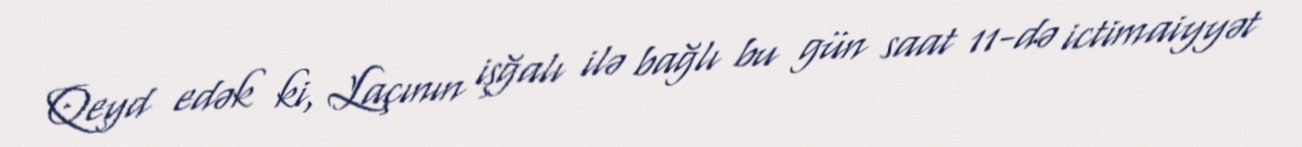
Qeyd edək ki, Laçının işğalı ilə bağlı bu gün saat 11-də ictimaiyyət